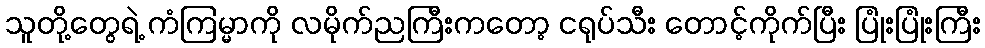
သူတို့တွေရဲ့ ကံကြမ္မာကို လမိုက်ညကြီးကတော့ ငရုပ်သီး တောင့်ကိုက်ပြီး ပြုံးပြုံးကြီး